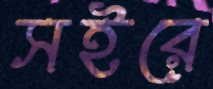
সইরে